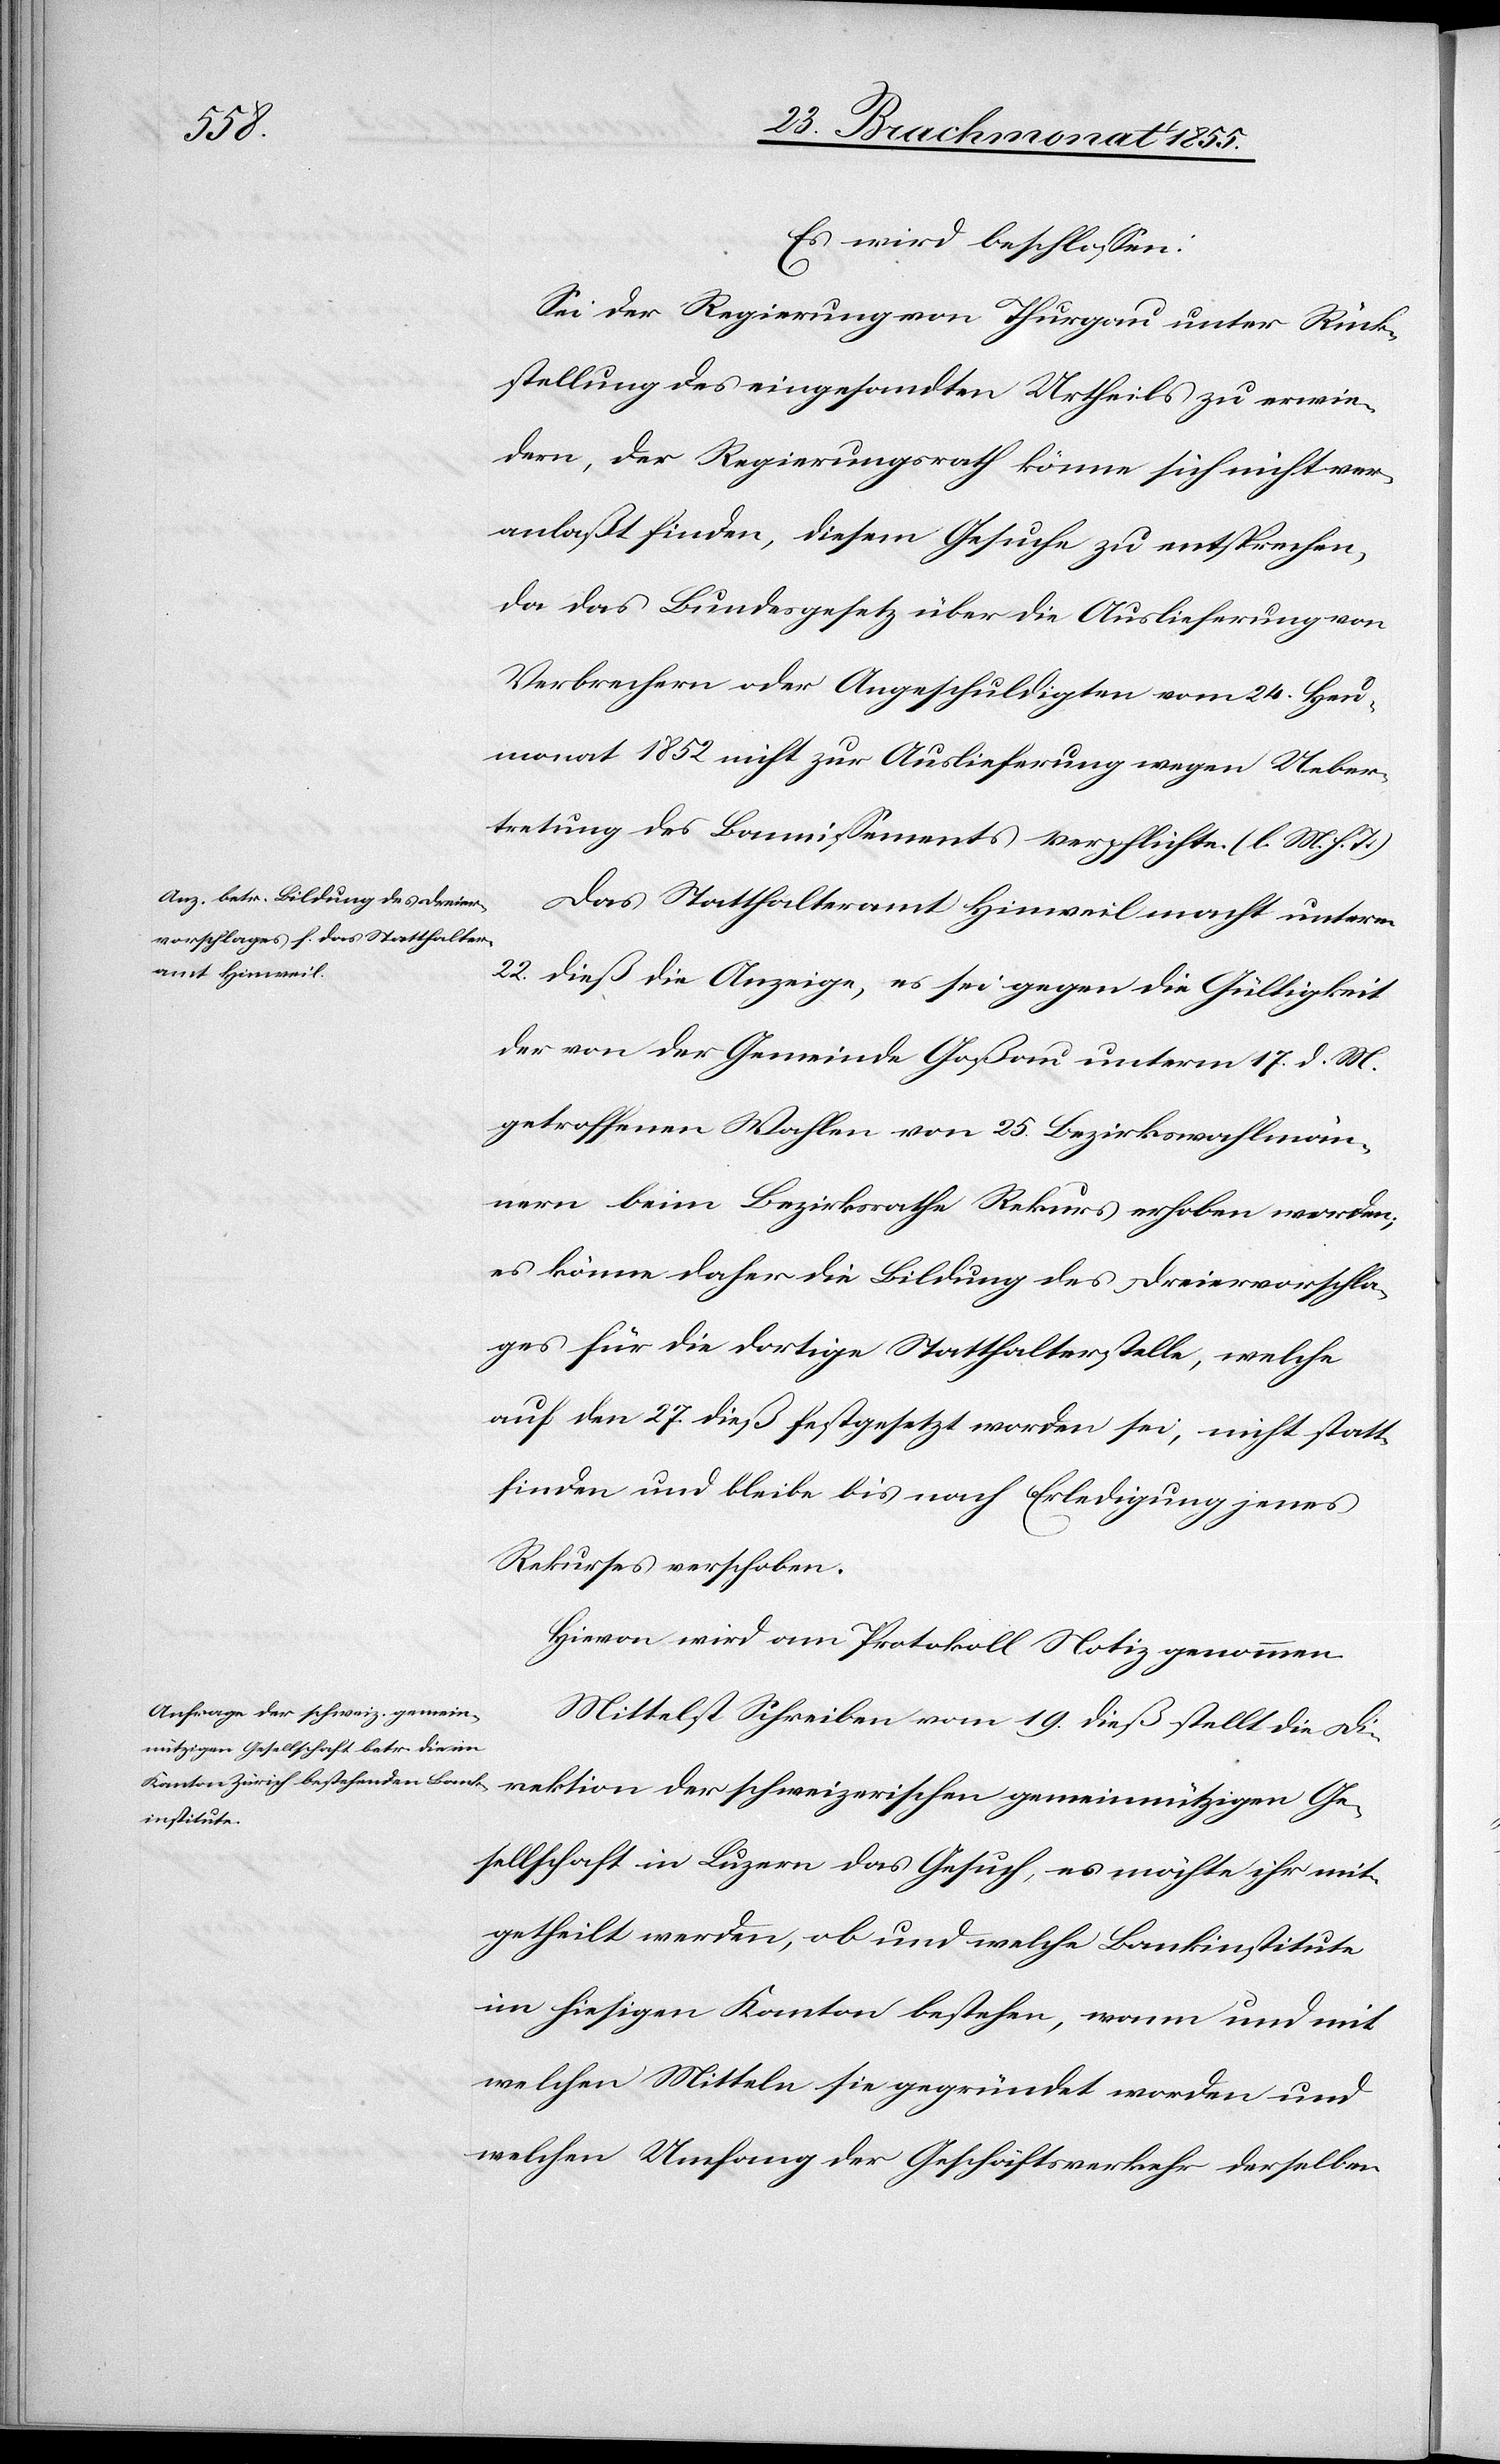
der
Es wird beschlossen:
Sei der Regierung von Thurgau unter Rück¬
stellung des eingesandten Urtheils zu erwie¬
dern, der Regierungsrath könne sich nicht ver¬
anlaßt finden, diesem Gesuche zu entsprechen,
da das Bundesgesetz über die Auslieferung von
Verbrechern oder Angeschuldigten vom 24. Heu¬
monat 1852 nicht zur Auslieferung wegen Ueber¬
tretung des Bannissements verpflichte. (l. M. h. T.)
Das Statthalteramt Hinweil macht unterm
22. dieß die Anzeige, es sei gegen die Gültigkeit
der von der Gemeinde Goßau unterm 17. d. M.
getroffenen Wahlen von 25 Bezirkswahlmän¬
nern beim Bezirksrathe Rekurs erhoben worden;
es könne daher die Bildung des Dreiervorschla¬
ges für die dortige Statthalterstelle, welche
auf den 27. dieß festgesetzt worden sei, nicht statt¬
finden und bleibe bis nach Erledigung jenes
Rekurses verschoben.
Hievon wird am Protokoll Notiz genommen.
Mittelst Schreiben vom 19. dieß stellt die Di¬
Gesellschaft in Luzern das Gesuch, es möchte ihr mit¬
getheilt werden, ob und welche Bankinstitute
im hiesigen Kanton bestehen, wann und mit
welchen Mitteln sie gegründet worden und
welchen Umfang der Geschäftsverkehr derselben